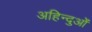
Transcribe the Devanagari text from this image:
अहिन्दुओं